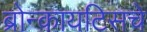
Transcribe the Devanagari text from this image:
ब्रोन्कायटिसचे